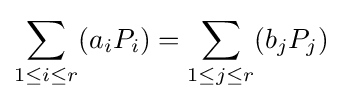
\sum _{1\leq i\leq r}(a_{i}P_{i})=\sum _{1\leq j\leq r}(b_{j}P_{j})